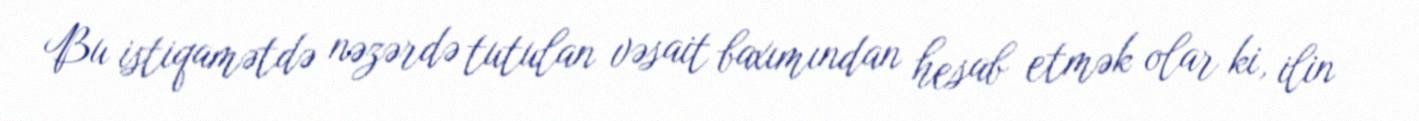
Bu istiqamətdə nəzərdə tutulan vəsait baxımından hesab etmək olar ki, ilin